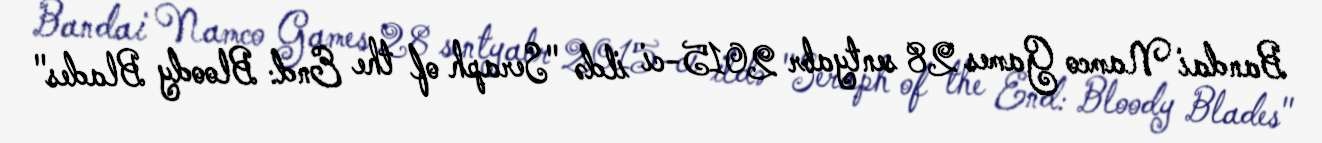
Bandai Namco Games 28 sentyabr 2015-ci ildə "Seraph of the End: Bloody Blades"